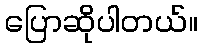
ပြောဆိုပါတယ်။